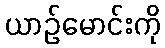
ယာဉ်မောင်းကို